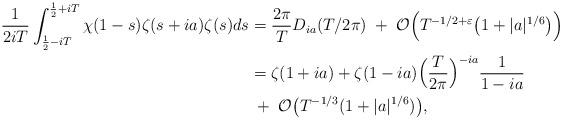
LaTeX: \begin{align*}\frac{1}{2iT}\int_{\frac{1}{2}-iT}^{\frac{1}{2}+iT}\chi(1-s)\zeta(s+ia)\zeta(s)ds&=\frac{2\pi}{T}D_{ia}(T/2\pi) \;+\; \mathcal{O}\Big(T^{-1/2+\varepsilon}\big( 1+ |a|^{1/6}\big)\Big)\\&= \zeta(1+ia)+\zeta(1-ia)\Big(\frac{T}{2\pi}\Big)^{-ia}\frac{1}{1-ia}\\& \;+\; \mathcal{O}\big(T^{-1/3}(1+|a|^{1/6})\big),\end{align*}